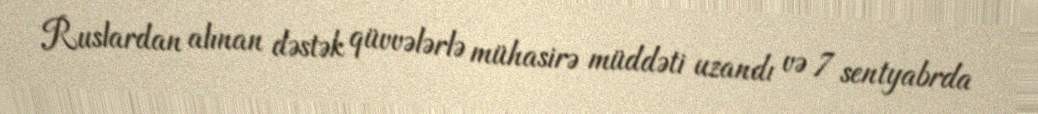
Ruslardan alınan dəstək qüvvələrlə mühasirə müddəti uzandı və 7 sentyabrda